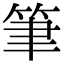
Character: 筆